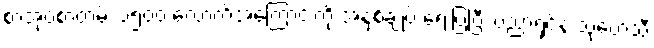
စာအုပ်စာတမ်း ၁၅၀၀ လောက်အကြောင်းကို အနှစ်ချုပ် ရေးပြပြီး ပညာရှင်နဲ့ သုတေသီ